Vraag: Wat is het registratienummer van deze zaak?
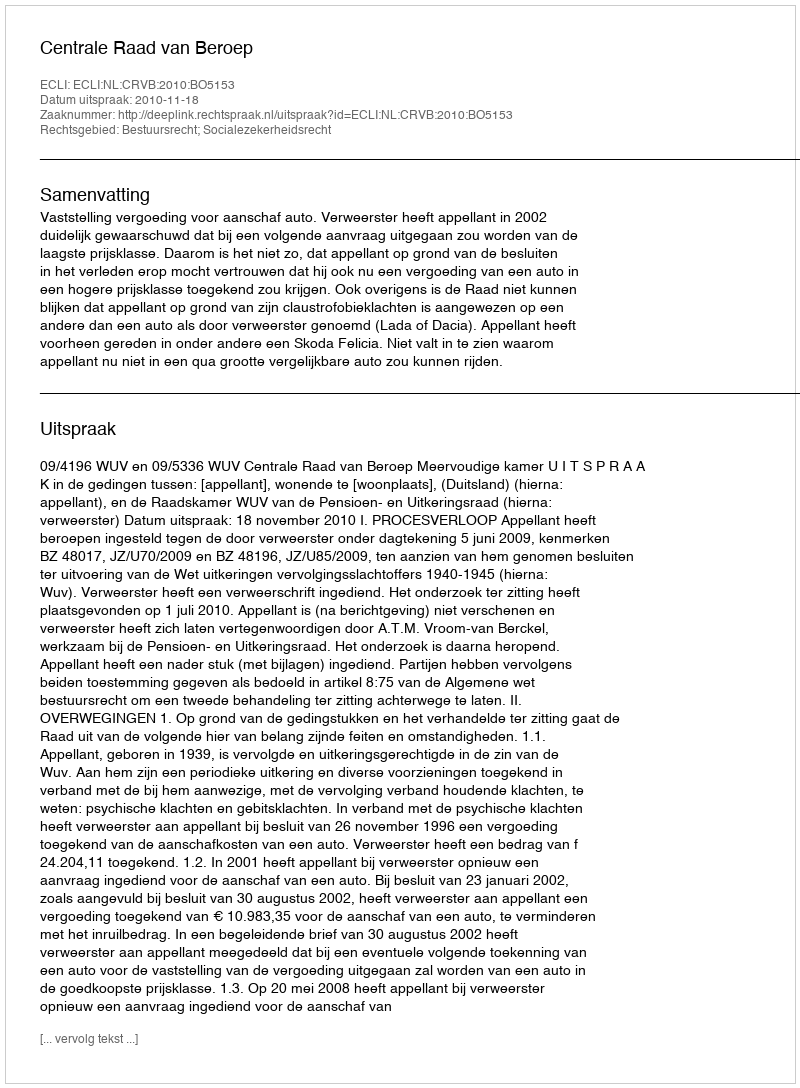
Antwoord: http://deeplink.rechtspraak.nl/uitspraak?id=ECLI:NL:CRVB:2010:BO5153